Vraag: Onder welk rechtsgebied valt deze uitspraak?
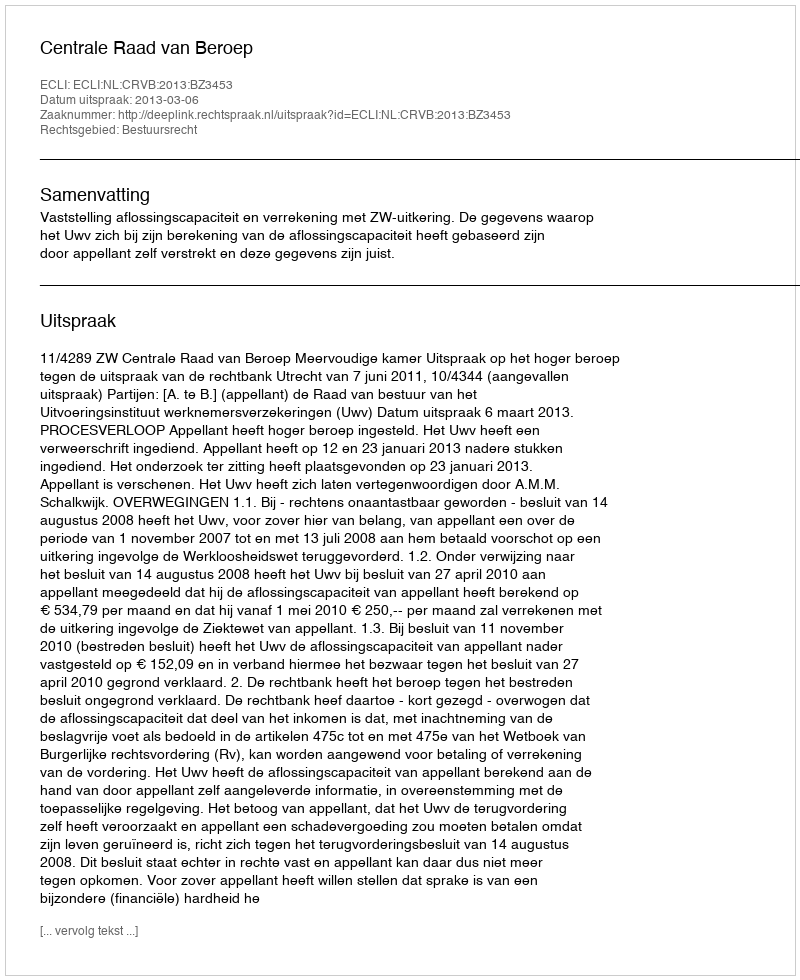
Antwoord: Bestuursrecht